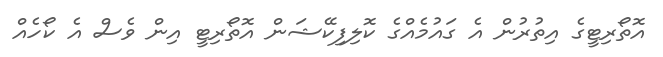
އޮތޯރިޓީގެ އިތުރުން އެ ގައުމެއްގެ ކޮލިފިކޭޝަން އޮތޯރިޓީ އިން ވެސް އެ ކޯހެއް